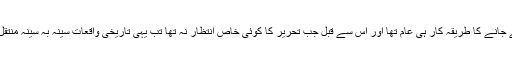
سائنس اور ٹیکنالوجی کی موجودہ شکل سے پہلے تاریخ کو محفوظ کرنے کیلئے اسے رقم کئے جانے کا طریقہ کار ہی عام تھا اور اس سے قبل جب تحریر کا کوئی خاص انتظار نہ تھا تب یہی تاریخی واقعات سینہ بہ سینہ منتقل ہوا کرتے تھے جن کی صحت تحریری طریقہ کار سے بقدر مشکوک اور کم قابل اعتماد تھی۔